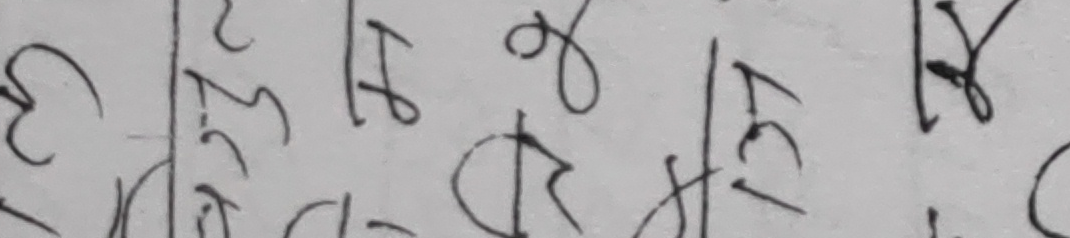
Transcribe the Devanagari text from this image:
३
११
५१
R
२१